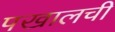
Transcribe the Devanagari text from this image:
पखालची